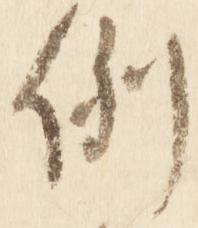
例